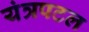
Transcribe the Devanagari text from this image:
यंत्रपटल